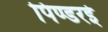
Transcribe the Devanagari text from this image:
पिण्डरई